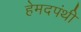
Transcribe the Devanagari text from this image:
हेमदपंथी